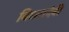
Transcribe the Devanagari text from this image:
बिध्यादेबी